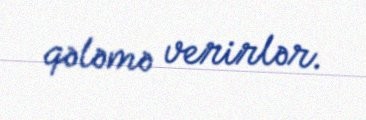
qələmə verirlər.